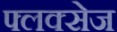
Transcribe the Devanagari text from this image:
फ्लक्‍सेज